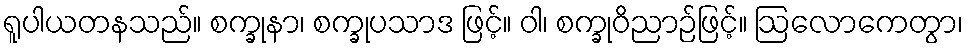
ရူပါယတနသည်။ စက္ခုနာ၊ စက္ခုပသာဒ ဖြင့်။ ဝါ၊ စက္ခုဝိညာဉ်ဖြင့်။ ဩလောကေတွာ၊